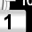
Digit: 1